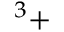
^ 3 +